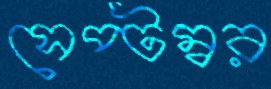
সেপ্টম্বর